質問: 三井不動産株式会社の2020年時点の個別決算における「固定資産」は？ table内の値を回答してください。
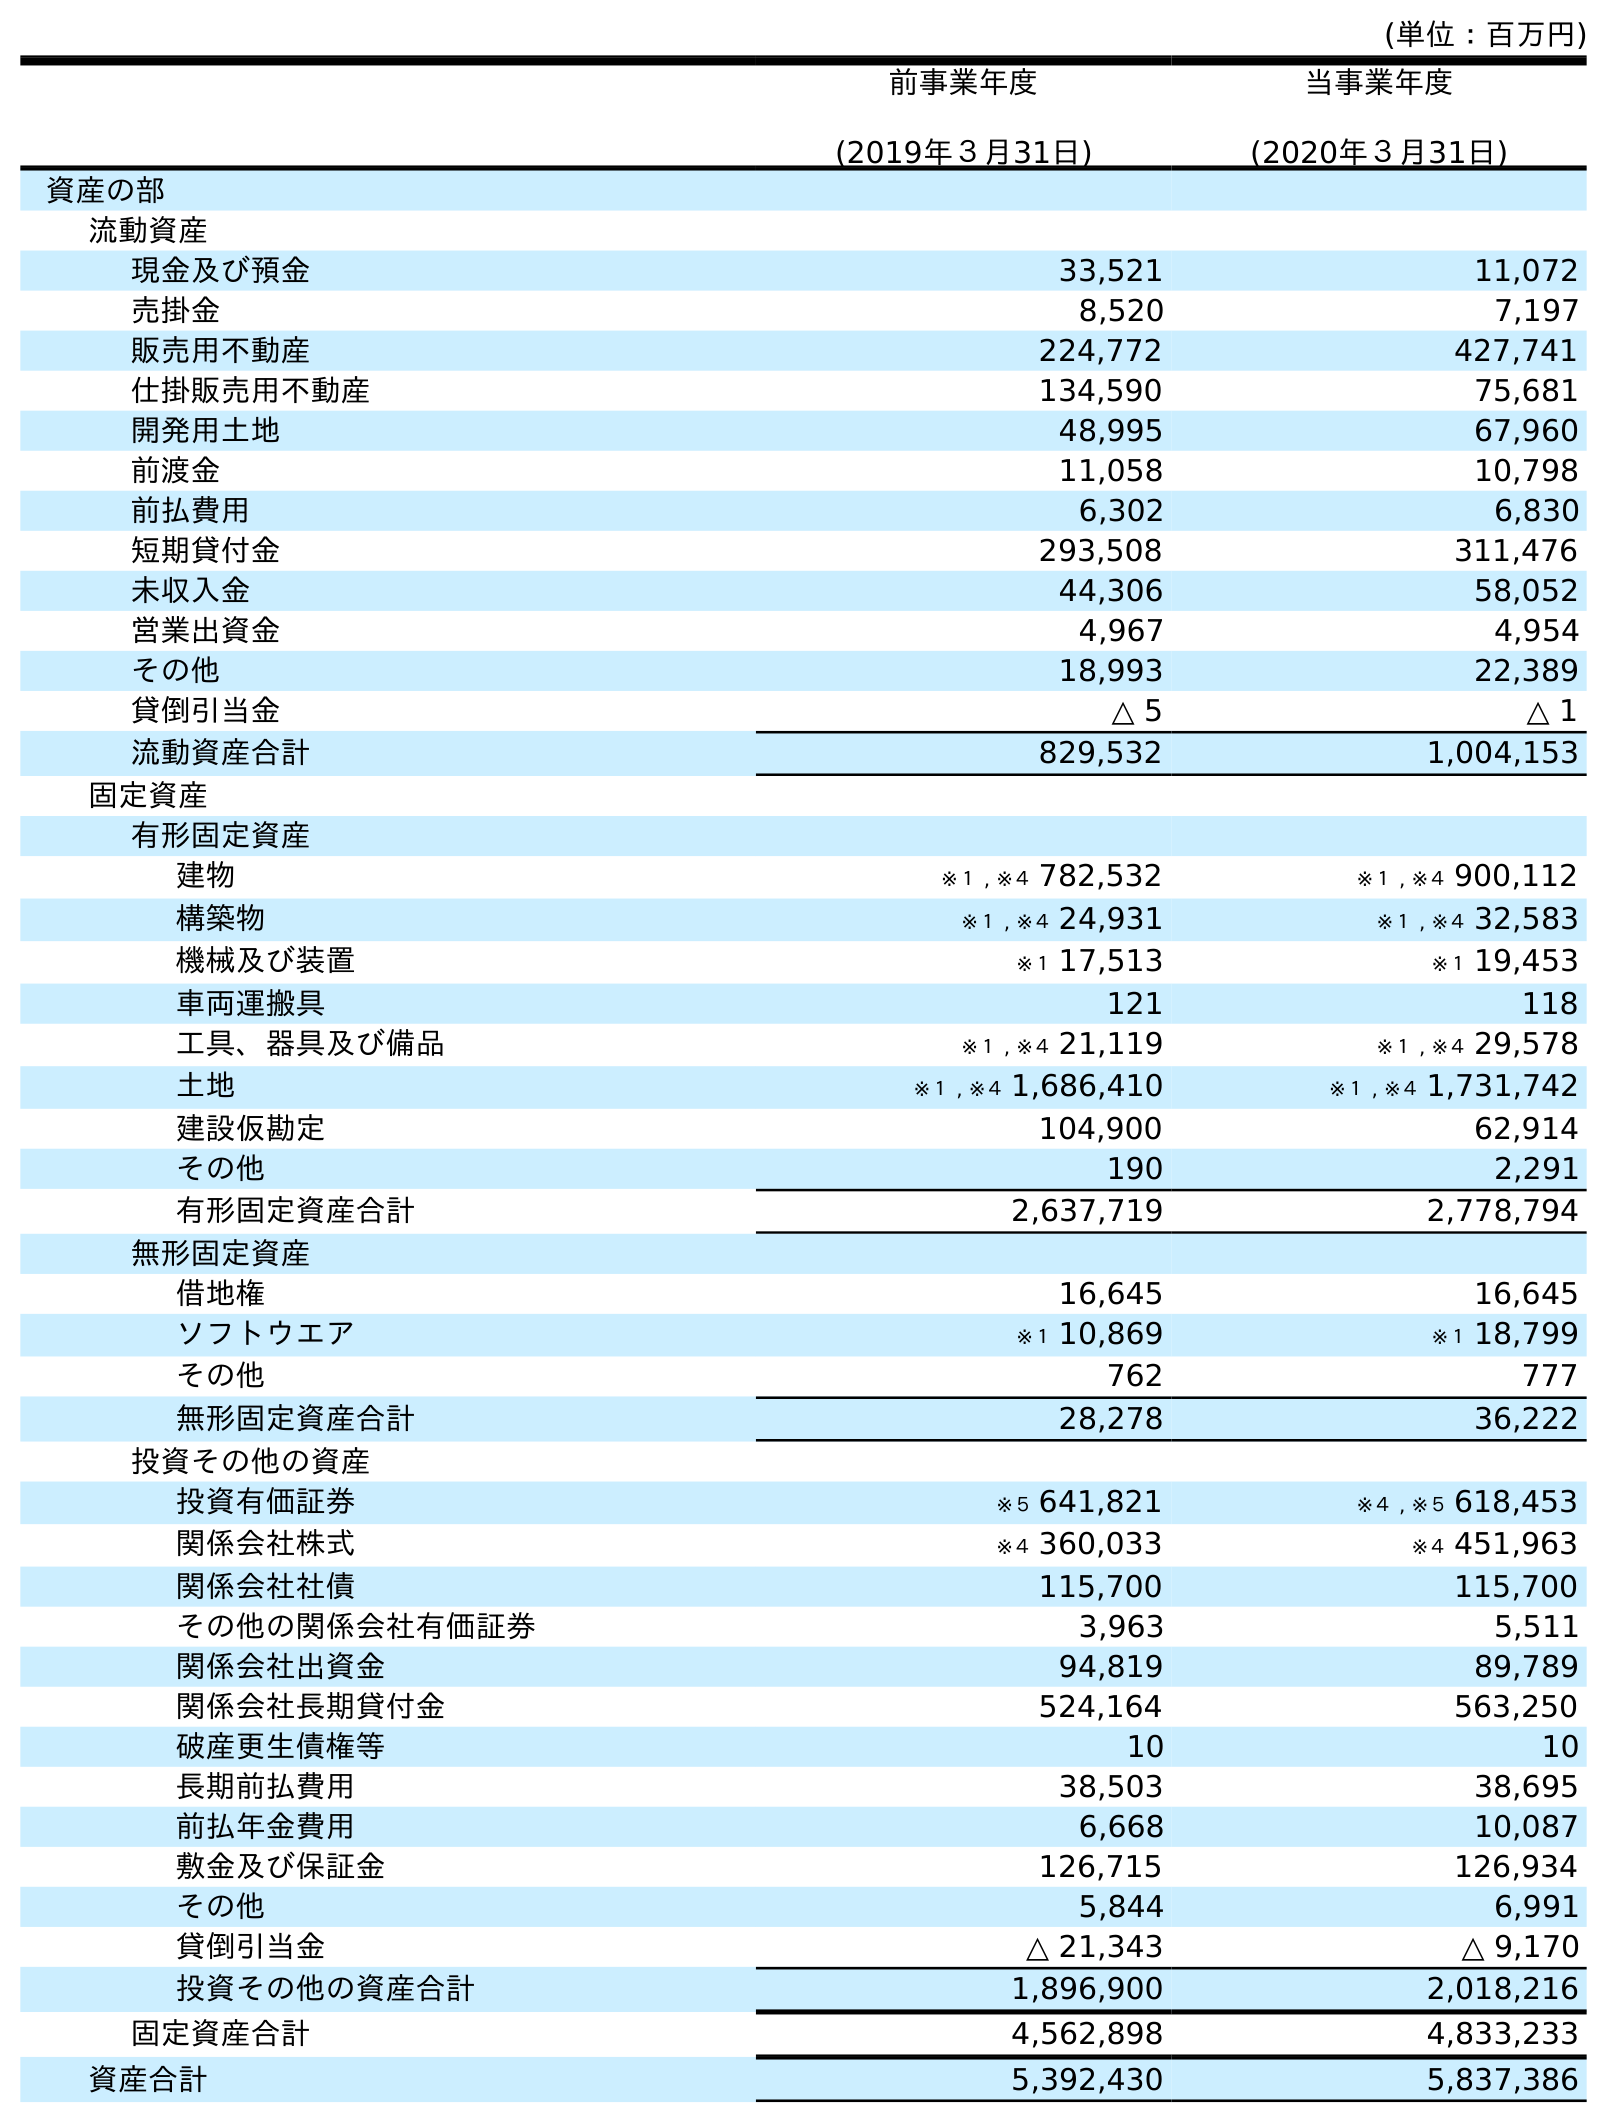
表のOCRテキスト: (単位：百万円) 前事業年度 (2019年３月31日) 当事業年度 (2020年３月31日) 資産の部 流動資産 現金及び預金 33,521 11,072 売掛金 8,520 7,197 販売用不動産 224,772 427,741 仕掛販売用不動産 134,590 75,681 開発用土地 48,995 67,960 前渡金 11,058 10,798 前払費用 6,302 6,830 短期貸付金 293,508 311,476 未収入金 44,306 58,052 営業出資金 4,967 4,954 その他 18,993 22,389 貸倒引当金 △ 5 △ 1 流動資産合計 829,532 1,004,153 固定資産 有形固定資産 建物 ※１ , ※４ 782,532 ※１ , ※４ 900,112 構築物 ※１ , ※４ 24,931 ※１ , ※４ 32,583 機械及び装置 ※１ 17,513 ※１ 19,453 車両運搬具 121 118 工具、器具及び備品 ※１ , ※４ 21,119 ※１ , ※４ 29,578 土地 ※１ , ※４ 1,686,410 ※１ , ※４ 1,731,742 建設仮勘定 104,900 62,914 その他 190 2,291 有形固定資産合計 2,637,719 2,778,794 無形固定資産 借地権 16,645 16,645 ソフトウエア ※１ 10,869 ※１ 18,799 その他 762 777 無形固定資産合計 28,278 36,222 投資その他の資産 投資有価証券 ※５ 641,821 ※４ , ※５ 618,453 関係会社株式 ※４ 360,033 ※４ 451,963 関係会社社債 115,700 115,700 その他の関係会社有価証券 3,963 5,511 関係会社出資金 94,819 89,789 関係会社長期貸付金 524,164 563,250 破産更生債権等 10 10 長期前払費用 38,503 38,695 前払年金費用 6,668 10,087 敷金及び保証金 126,715 126,934 その他 5,844 6,991 貸倒引当金 △ 21,343 △ 9,170 投資その他の資産合計 1,896,900 2,018,216 固定資産合計 4,562,898 4,833,233 資産合計 5,392,430 5,837,386
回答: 4,833,233